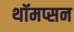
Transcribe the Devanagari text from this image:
थॉमप्सन